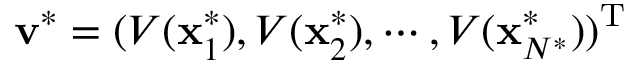
\mathbf { v } ^ { * } = ( V ( \mathbf { x } _ { 1 } ^ { * } ) , V ( \mathbf { x } _ { 2 } ^ { * } ) , \cdots , V ( \mathbf { x } _ { N ^ { * } } ^ { * } ) ) ^ { \mathrm { T } }